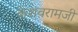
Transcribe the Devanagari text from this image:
केशवरामजी